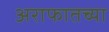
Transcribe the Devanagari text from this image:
अराफातच्या